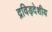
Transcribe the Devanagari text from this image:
द्रविड़देशीय